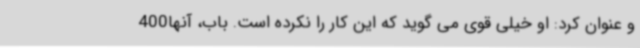
و عنوان کرد: او خیلی قوی می گوید که این کار را نکرده است. باب، آنها400